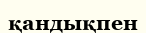
қандықпен